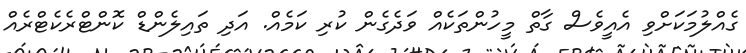
ގެއްލުމަކަށްވި އެއީވެސް ގާތް މީހުންތަކެއް ވަދެގެން ކުރި ކަމެއް. އަދި ތައިލެންޑް ކޮންޓްރެކެޓްރެއް